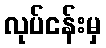
လုပ်ငန်းမှ